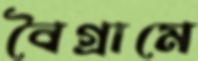
বৈগ্রামে